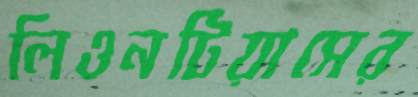
লিওনটিয়াসের